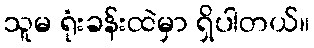
သူမ ရုံးခန်းထဲမှာ ရှိပါတယ်။